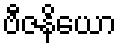
ဗီဇနိယော